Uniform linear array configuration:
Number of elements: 12
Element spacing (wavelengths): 0.25
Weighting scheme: hamming
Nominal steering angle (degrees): -45
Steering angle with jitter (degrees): -46.162
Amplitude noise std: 0.05
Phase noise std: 0.05

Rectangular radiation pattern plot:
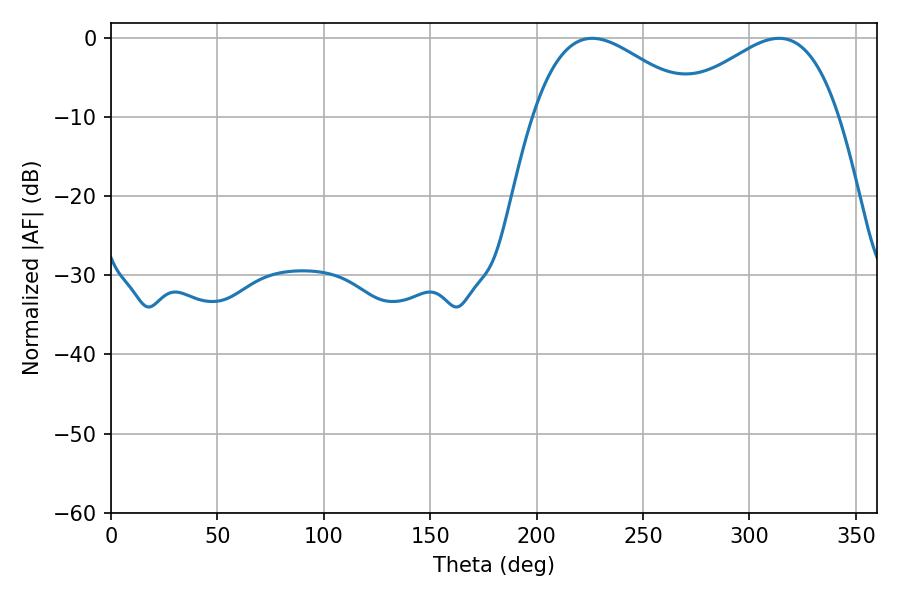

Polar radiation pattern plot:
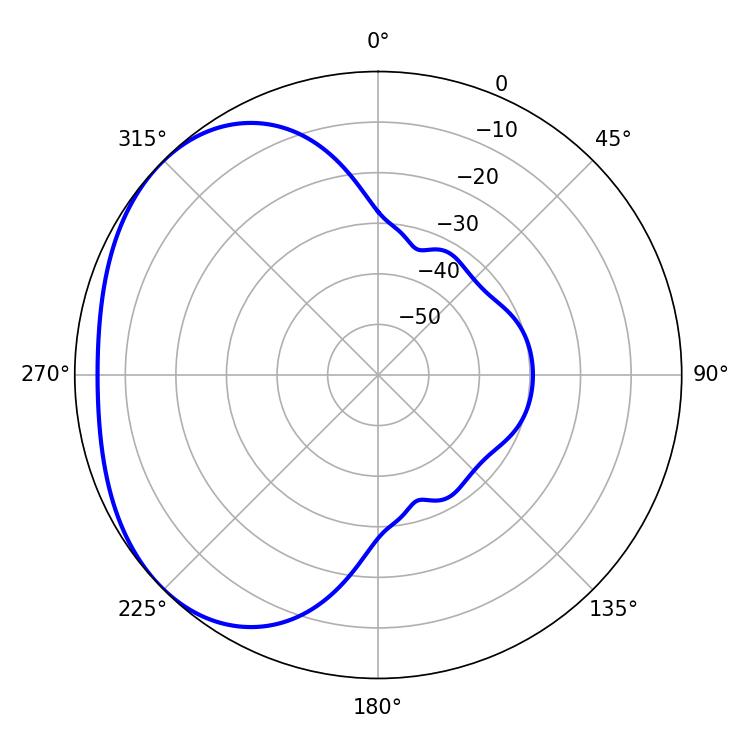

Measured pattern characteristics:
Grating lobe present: FALSE
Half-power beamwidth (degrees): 42.3
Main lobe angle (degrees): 226.08